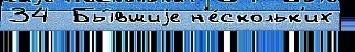
34  Бы́вшиjе н'е́скольк'их